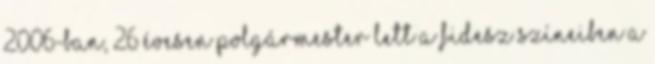
2006-ban, 26 évesen polgármester lett a Fidesz színeiben a